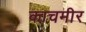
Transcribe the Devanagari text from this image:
काचमीर